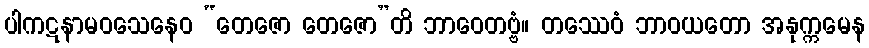
ပါကဋနာမဝသေနေဝ “တေဇော တေဇော”တိ ဘာဝေတဗ္ဗံ။ တဿေဝံ ဘာဝယတော အနုက္ကမေန